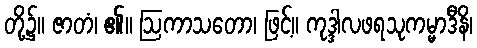
တို့၌။ ဇာတံ၊ ၏။ ဩကာသတော၊ ဖြင့်။ ကုဒ္ဒါလဖရသုကမ္မာဒီနိ၊